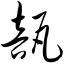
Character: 瓿